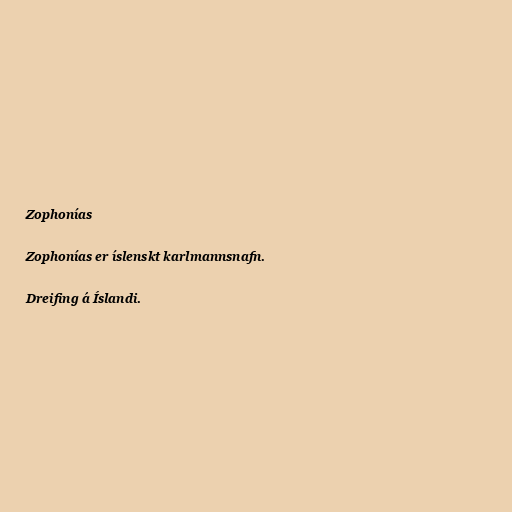
Zophonías

Zophonías er íslenskt karlmannsnafn.

Dreifing á Íslandi.